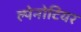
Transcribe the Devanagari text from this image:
ल्पेनोटियर